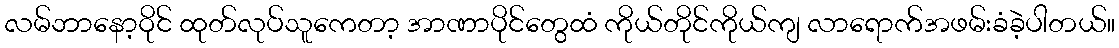
လမ်ဘာနော့ဝိုင် ထုတ်လုပ်သူကေတာ့ အာဏာပိုင်တွေထံ ကိုယ်တိုင်ကိုယ်ကျ လာရောက်အဖမ်းခံခဲ့ပါတယ်။